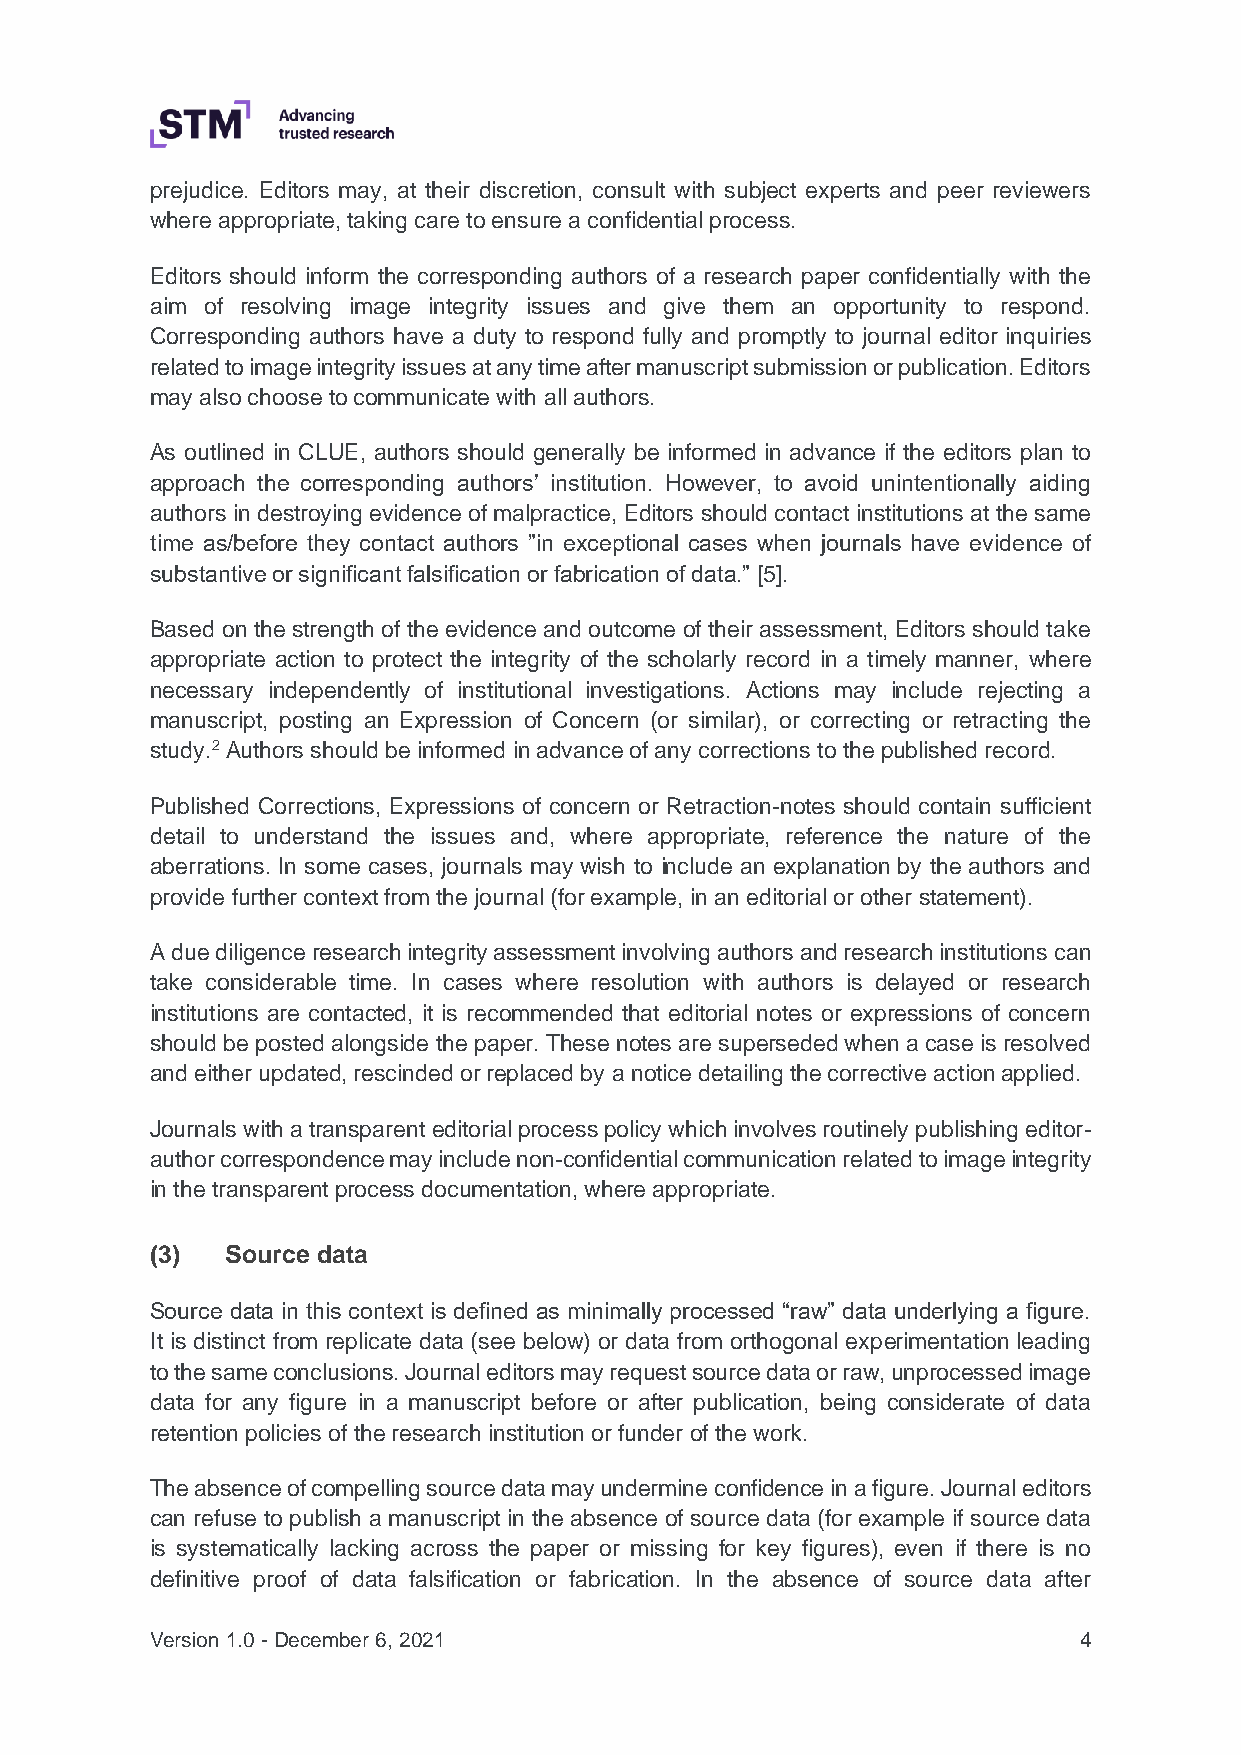
prejudice. Editors may, at their discretion, consult with subject experts and peer reviewers
 where appropriate, taking care to ensure a confidential process.
 Editors should inform the corresponding authors of a research paper confidentially with the
 aim of resolving image integrity issues and give them an opportunity to respond.
 Corresponding authors have a duty to respond fully and promptly to journal editor inquiries
 related to image integrity issues at any time after manuscript submission or publication. Editors
 may also choose to communicate with all authors.
 As outlined in CLUE, authors should generally be informed in advance if the editors plan to
 approach the corresponding authors’ institution. However, to avoid unintentionally aiding
 authors in destroying evidence of malpractice, Editors should contact institutions at the same
 time as/before they contact authors ”in exceptional cases when journals have evidence of
 substantive or significant falsification or fabrication of data.” [5].
 Based on the strength of the evidence and outcome of their assessment, Editors should take
 appropriate action to protect the integrity of the scholarly record in a timely manner, where
 necessary independently of institutional investigations. Actions may include rejecting a
 manuscript, posting an Expression of Concern (or similar), or correcting or retracting the
 study.2 Authors should be informed in advance of any corrections to the published record.
 Published Corrections, Expressions of concern or Retraction-notes should contain sufficient
 detail to understand the issues and, where appropriate, reference the nature of the
 aberrations. In some cases, journals may wish to include an explanation by the authors and
 provide further context from the journal (for example, in an editorial or other statement).
 A due diligence research integrity assessment involving authors and research institutions can
 take considerable time. In cases where resolution with authors is delayed or research
 institutions are contacted, it is recommended that editorial notes or expressions of concern
 should be posted alongside the paper. These notes are superseded when a case is resolved
 and either updated, rescinded or replaced by a notice detailing the corrective action applied.
 Journals with a transparent editorial process policy which involves routinely publishing editor-
 author correspondence may include non-confidential communication related to image integrity
 in the transparent process documentation, where appropriate.
 (3)  Source data
 Source data in this context is defined as minimally processed “raw” data underlying a figure.
 It is distinct from replicate data (see below) or data from orthogonal experimentation leading
 to the same conclusions. Journal editors may request source data or raw, unprocessed image
 data for any figure in a manuscript before or after publication, being considerate of data
 retention policies of the research institution or funder of the work.
 The absence of compelling source data may undermine confidence in a figure. Journal editors
 can refuse to publish a manuscript in the absence of source data (for example if source data
 is systematically lacking across the paper or missing for key figures), even if there is no
 definitive proof of data falsification or fabrication. In the absence of source data after
 Version 1.0 - December 6, 2021                               4